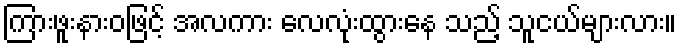
ကြားဖူးနားဝဖြင့် အလကား လေလုံးထွားနေ သည့် သူငယ်များလား။